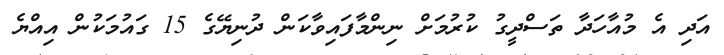
އަދި އެ މުއާހަދާ ތަސްދީގު ކުރުމަށް ނިންމާފައިވާކަން ދުނިޔޭގެ 15 ގައުމަކުން އިއްޔެ